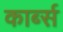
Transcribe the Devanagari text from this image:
कार्ब्स